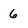
Character: 6